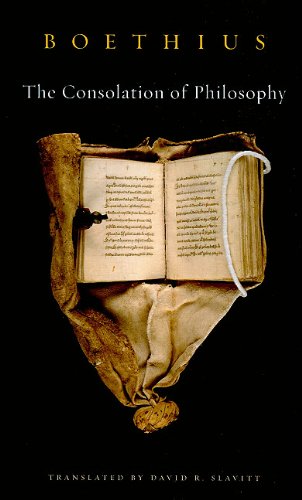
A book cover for The Consolation of Philosophy; Boethius; Politics & Social Sciences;